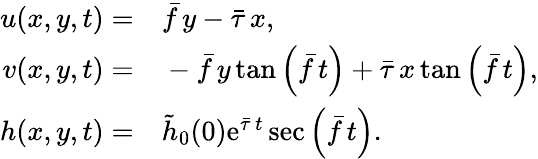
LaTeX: \begin{array}{rl}{u(x,y,t)=}&{{}\bar{f}\, y-\bar{\tau}\, x,}\\ {v(x,y,t)=}&{{}-\bar{f}\, y\, \mathrm{tan}\left(\bar{f}\, t\right)+\bar{\tau}\, x\, \mathrm{tan}\left(\bar{f}\, t\right),}\\ {h(x,y,t)=}&{{}\tilde{h}_{0}(0)\mathrm{e}^{\bar{\tau}\, t}\sec\left(\bar{f}\, t\right).}\end{array}